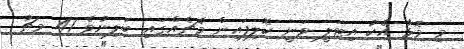
މި މޮޅާ އެކު އިޓަލީ ވަނީ ކޮލިފައިން މެޗެއްގައި ބަލިނުވެ 41 މޗު